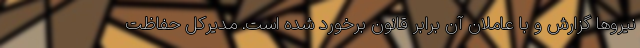
نیروها گزارش و با عاملان آن برابر قانون برخورد شده است. مدیرکل حفاظت